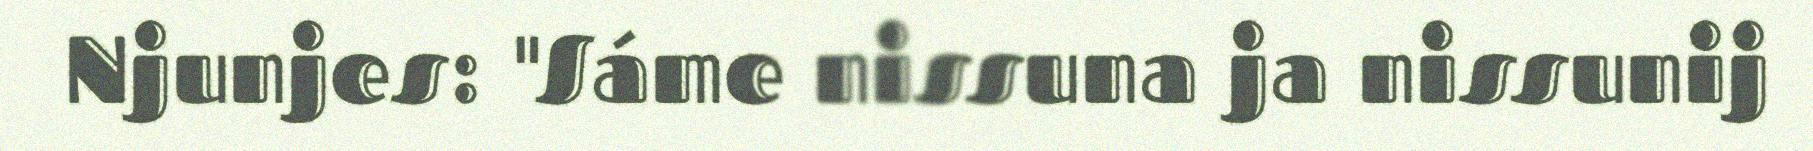
Njunjes: "Sáme nissuna ja nissunij